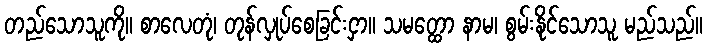
တည်သောသူကို။ စာလေတုံ၊ တုန်လှုပ်စေခြင်းငှာ။ သမတ္ထော နာမ၊ စွမ်းနိုင်သောသူ မည်သည်။